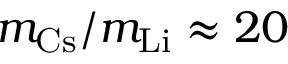
m _ { \mathrm { { C s } } } / m _ { \mathrm { { L i } } } \approx 2 0